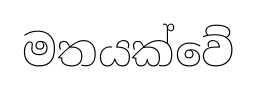
මතයක්වේ